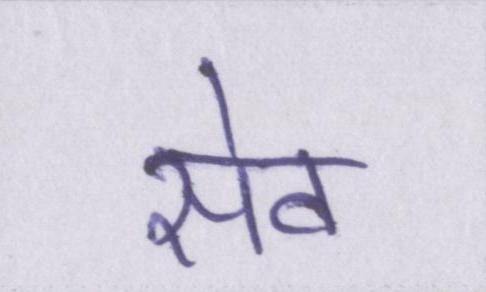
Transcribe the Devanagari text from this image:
सेव